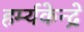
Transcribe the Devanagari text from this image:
हर्म्यकेन्द्रे